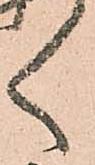
く